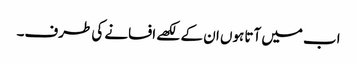
اب میں آتا ہوں ان کے لکھے افسانے کی طرف۔